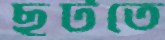
ছুটতে